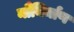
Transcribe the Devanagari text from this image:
नौनिर्माण